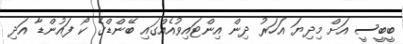
ބީބީސީ އަށް މިދިޔަ އަހަރު ދިން އިންޓައިވުއެއްގައި ބޭންޑްގެ ކޯ ފައުންޑާ އަދި